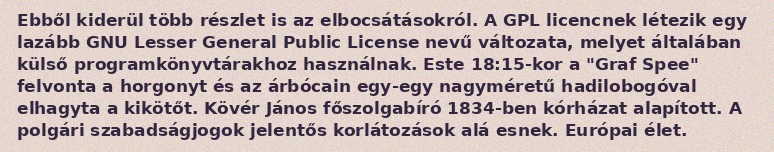
Ebből kiderül több részlet is az elbocsátásokról. A GPL licencnek létezik egy lazább GNU Lesser General Public License nevű változata, melyet általában külső programkönyvtárakhoz használnak. Este 18:15-kor a "Graf Spee" felvonta a horgonyt és az árbócain egy-egy nagyméretű hadilobogóval elhagyta a kikötőt. Kövér János főszolgabíró 1834-ben kórházat alapított. A polgári szabadságjogok jelentős korlátozások alá esnek. Európai élet.